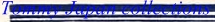
Tommy Japan collections